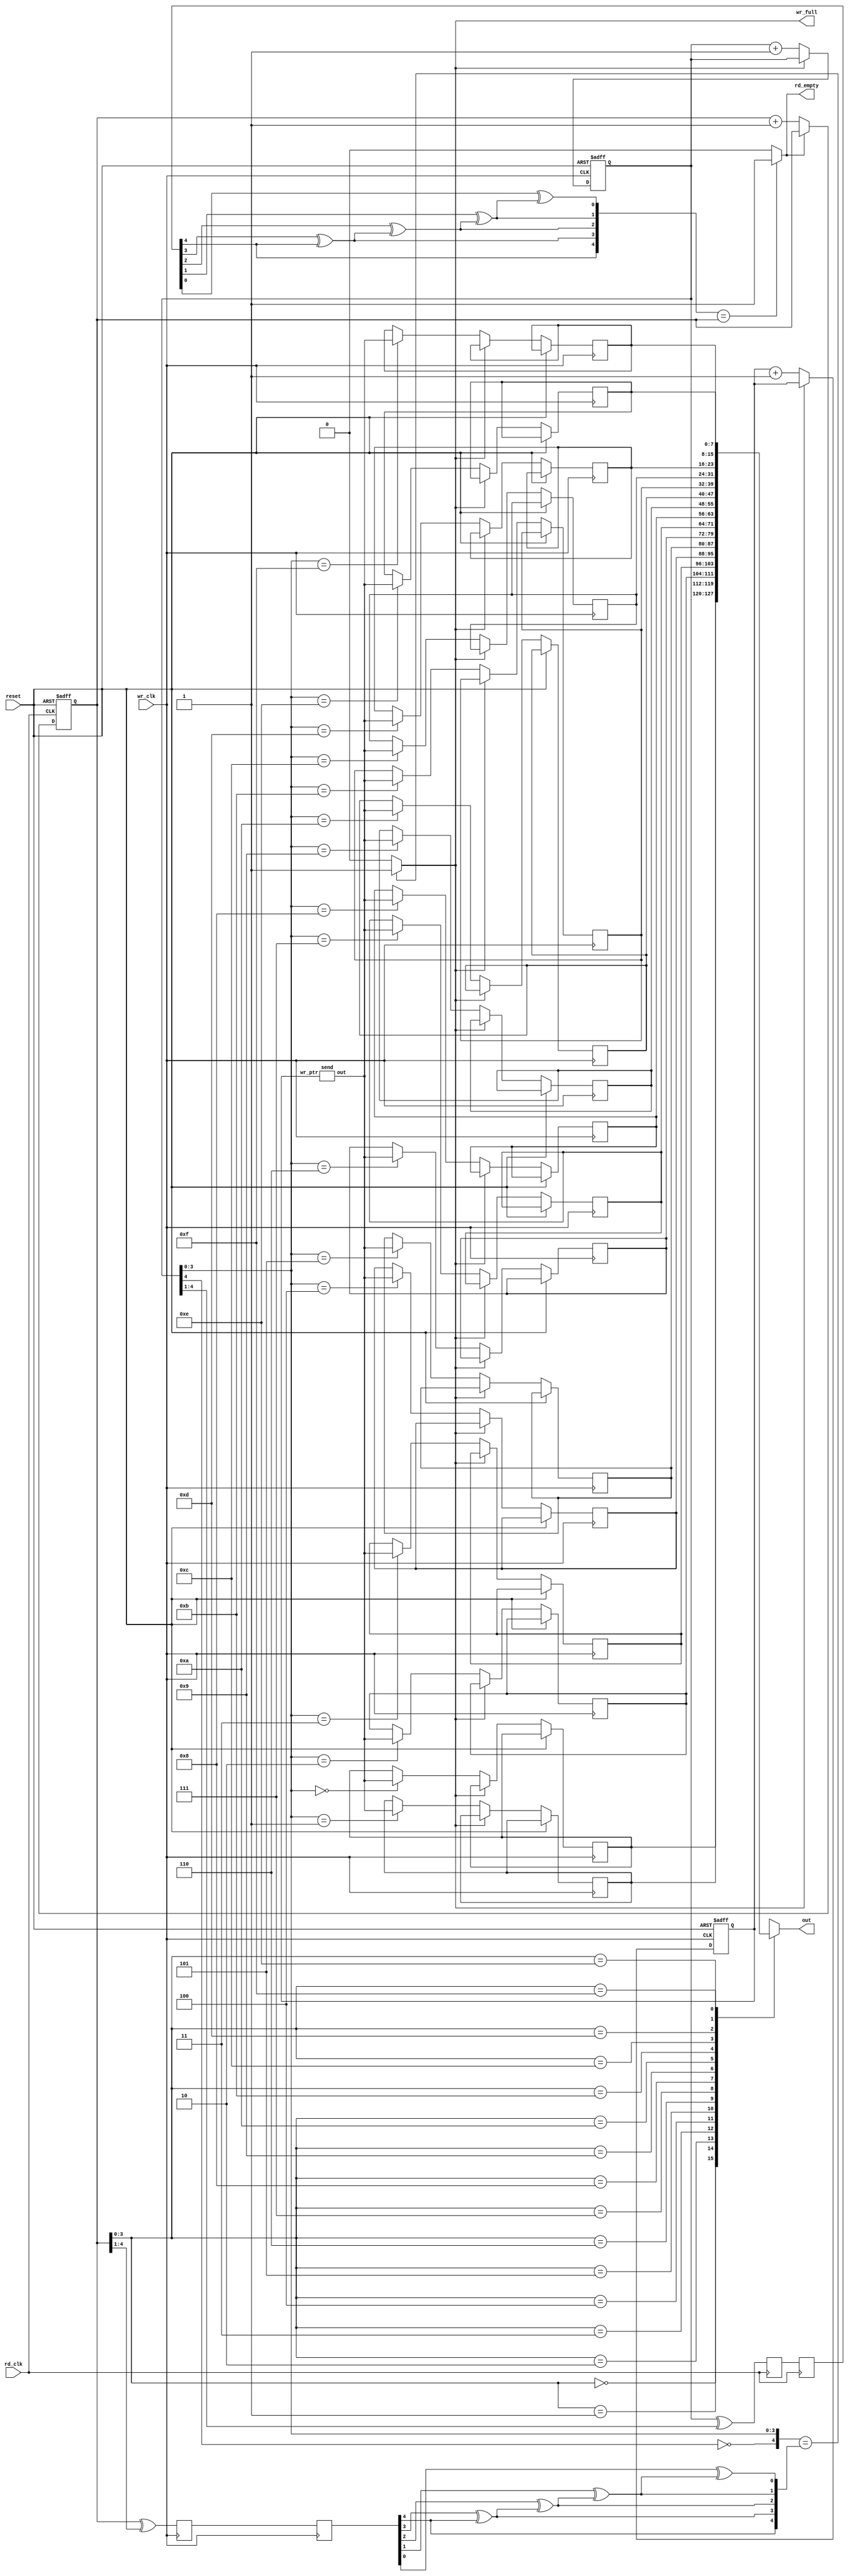
`timescale 1ns / 1ps
`timescale 1ns / 1ps


module  asynch_fifo (out, wr_full, rd_empty,
rd_clk, wr_clk, reset);

parameter WIDTH = 8;
parameter ptr = 4;
output [WIDTH-1 : 0] out;
output wr_full;
output rd_empty;
wire [WIDTH-1 : 0] data_in;
input rd_clk, wr_clk;
input reset;

reg [ptr : 0] rd_ptr, rd_sync_1, rd_sync_2;
reg [ptr : 0] wr_ptr, wr_sync_1, wr_sync_2;
wire [ptr:0] rd_ptr_g,wr_ptr_g;

parameter DEPTH = 1 << ptr;

reg [WIDTH-1 : 0] mem [DEPTH-1 : 0];

wire [ptr : 0] rd_ptr_sync;
wire [ptr: 0] wr_ptr_sync;
reg full,empty;
reg [7:0] tr_ptr;

//--write logic--//

always @(posedge wr_clk or posedge reset) begin
if (reset) begin
wr_ptr <= 0;
tr_ptr<=0;
end
else if (full == 1'b0) begin
wr_ptr <= wr_ptr + 1;
tr_ptr<=tr_ptr+1;
mem[wr_ptr[ptr-1 : 0]] <= data_in;
end
end

send s(tr_ptr,data_in);

//--read ptr synchronizer controlled by write clk--//

always @(posedge wr_clk) begin
rd_sync_1 <= rd_ptr_g;
rd_sync_2 <= rd_sync_1;
end

//--read logic--//

always @(posedge rd_clk or posedge reset) begin
if (reset) begin
rd_ptr <= 0;
end
else if (empty == 1'b0) begin
rd_ptr <= rd_ptr + 1;
end
end

//--write ptr synchronizer controled by read clk--//

always @(posedge rd_clk) begin
wr_sync_1 <= wr_ptr_g;
wr_sync_2 <= wr_sync_1;
end

//--cmbt logic--//
//--Binary ptr--//

always @(*)
begin
if({~wr_ptr[ptr],wr_ptr[ptr-1:0]}==rd_ptr_sync)
full = 1;
else
full = 0;
end


always @(*)
begin
if(wr_ptr_sync==rd_ptr)
empty = 1;
else
empty = 0;
end

assign out = mem[rd_ptr[ptr-1 : 0]];


//--binary code to gray code--//

assign wr_ptr_g = wr_ptr ^ (wr_ptr >> 1);
assign rd_ptr_g = rd_ptr ^ (rd_ptr >> 1);

//--gray code to binary code--//

assign wr_ptr_sync[4]=wr_sync_2[4];
assign wr_ptr_sync[3]=wr_sync_2[3] ^ wr_ptr_sync[4];
assign wr_ptr_sync[2]=wr_sync_2[2] ^ wr_ptr_sync[3];
assign wr_ptr_sync[1]=wr_sync_2[1] ^ wr_ptr_sync[2];
assign wr_ptr_sync[0]=wr_sync_2[0] ^ wr_ptr_sync[1];


assign rd_ptr_sync[4]=rd_sync_2[4];
assign rd_ptr_sync[3]=rd_sync_2[3] ^ rd_ptr_sync[4];
assign rd_ptr_sync[2]=rd_sync_2[2] ^ rd_ptr_sync[3];
assign rd_ptr_sync[1]=rd_sync_2[1] ^ rd_ptr_sync[2];
assign rd_ptr_sync[0]=rd_sync_2[0] ^ rd_ptr_sync[1];

assign wr_full = full;
assign rd_empty = empty;

endmodule

module send(wr_ptr,out);

output [7:0] out;
input [7:0] wr_ptr;
reg [7:0] input_rom [127:0];
integer i;
initial begin

for(i=0;i<128;i=i+1)
input_rom[i] = i+10;
end

assign out = input_rom[wr_ptr];

endmodule